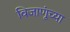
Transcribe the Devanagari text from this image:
विजाणूंच्या